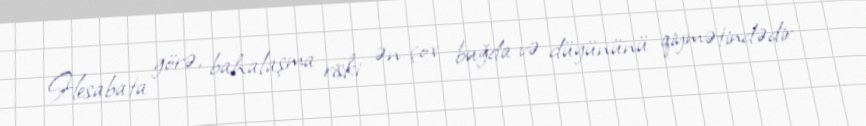
Hesabata görə, bahalaşma riski ən çox buğda və düyününü qiymətindədir: